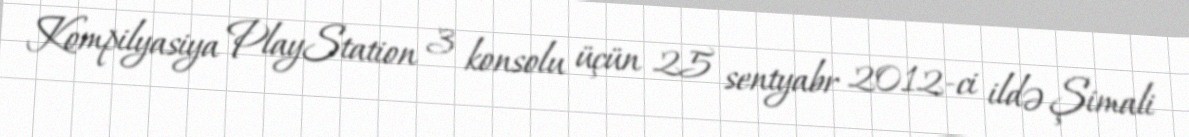
Kompilyasiya PlayStation 3 konsolu üçün 25 sentyabr 2012-ci ildə Şimali